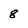
Character: 8